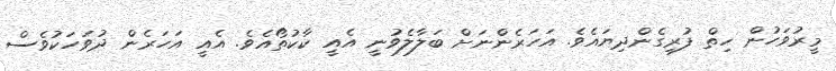
މީރުވަހުން ހިތް ފުރިގެންދިޔައެވެ. އަހަރެންނަށް ބަލާލެވުނީ އެއީ ކާކުތޯއެވެ. އެއީ އަހަރެން ދުވަހަކުވެސް